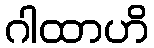
ဂါထာဟိ